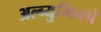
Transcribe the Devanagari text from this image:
अल्ब्युमिनचे